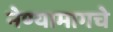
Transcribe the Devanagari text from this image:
नेण्यामागचे